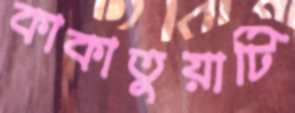
কাকাতুয়াটি